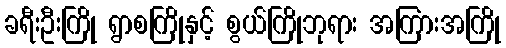
ခရီးဦးကြို ရွာစကြိုနှင့် စွယ်ကြိုဘုရား အကြားအကြို